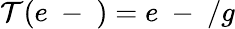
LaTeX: \mathcal T(e\mathrm{~-~})=e\mathrm{~-~}/g